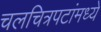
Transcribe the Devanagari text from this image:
चलचित्रपटांमध्ये